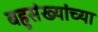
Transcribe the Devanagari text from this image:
बहुसंख्यांच्या